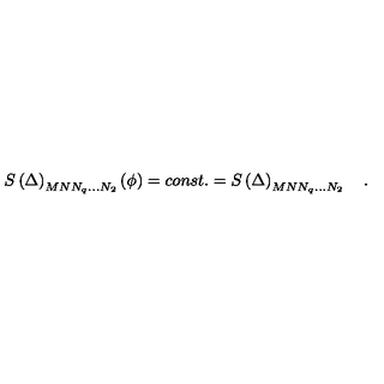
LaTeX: S \left( \Delta \right) _ { M N N _ { q } \ldots N _ { 2 } } \left( \phi \right) = c o n s t . = S \left( \Delta \right) _ { M N N _ { q } \ldots N _ { 2 } } \quad .